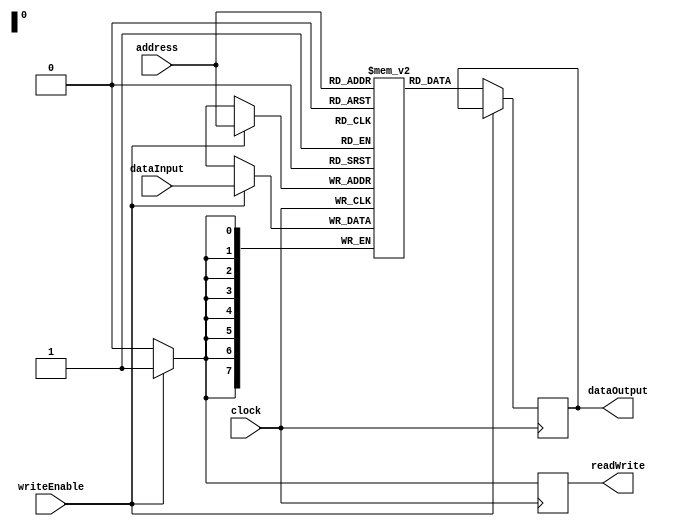
module RAM (
    input wire [7:0] address,
    input wire [7:0] dataInput,
    input wire writeEnable,
    input wire clock,
    output reg [7:0] dataOutput,
    output reg readWrite
);

parameter MEM_SIZE = 256; // Size of memory array

reg [7:0] memory [0:MEM_SIZE-1];

always @(posedge clock) begin
    if (writeEnable) begin
        memory[address] <= dataInput;
        readWrite <= 1'b1; // Write operation
    end else begin
        dataOutput <= memory[address];
        readWrite <= 1'b0; // Read operation
    end
end

endmodule